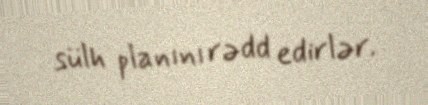
sülh planını rədd edirlər.